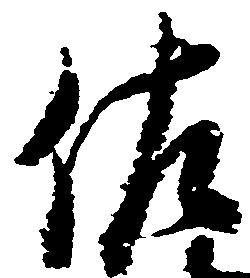
佐